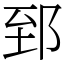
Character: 郅